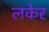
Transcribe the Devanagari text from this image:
लकेर